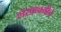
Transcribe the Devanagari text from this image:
शंखध्वनीचे